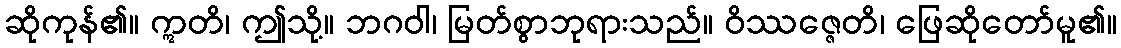
ဆိုကုန်၏။ ဣတိ၊ ဤသို့။ ဘဂဝါ၊ မြတ်စွာဘုရားသည်။ ဝိဿဇ္ဇေတိ၊ ဖြေဆိုတော်မူ၏။